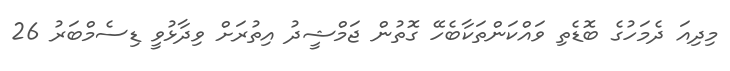
މިދިއަ ދެމަހުގެ ބޮޑެތި ވައްކަންތަކާބެހޭ ގޮތުން ޖަމްޝީދު އިތުރަށް ވިދާޅުވީ ޑިސެމްބަރު 26